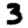
Digit: 3